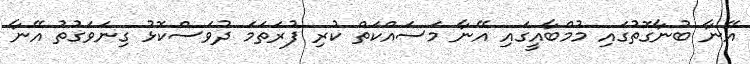
އޭނާ ބުނާގޮތުގައި މުމްބާއީގައި އޭނާ މަސައްކަތް ކުރި ފުރަތަމަ ދުވަސްކޮޅު ގިނަވަގުތު އޭނާ